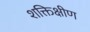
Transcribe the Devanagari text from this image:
शक्तिक्षीण